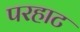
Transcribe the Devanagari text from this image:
परहाट